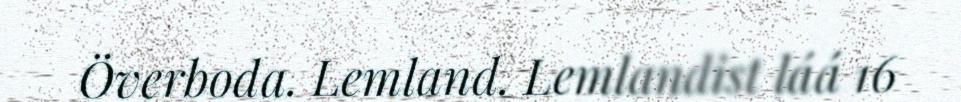
Överboda. Lemland. Lemlandist láá 16